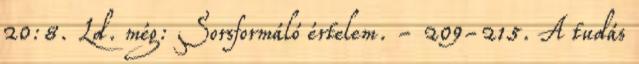
20:8. Ld. még: Sorsformáló értelem. - 209-215. A tudás